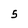
Character: 5